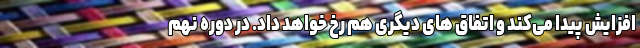
افزایش پیدا می‌کند و اتفاق های دیگری هم رخ خواهد داد. در دوره نهم